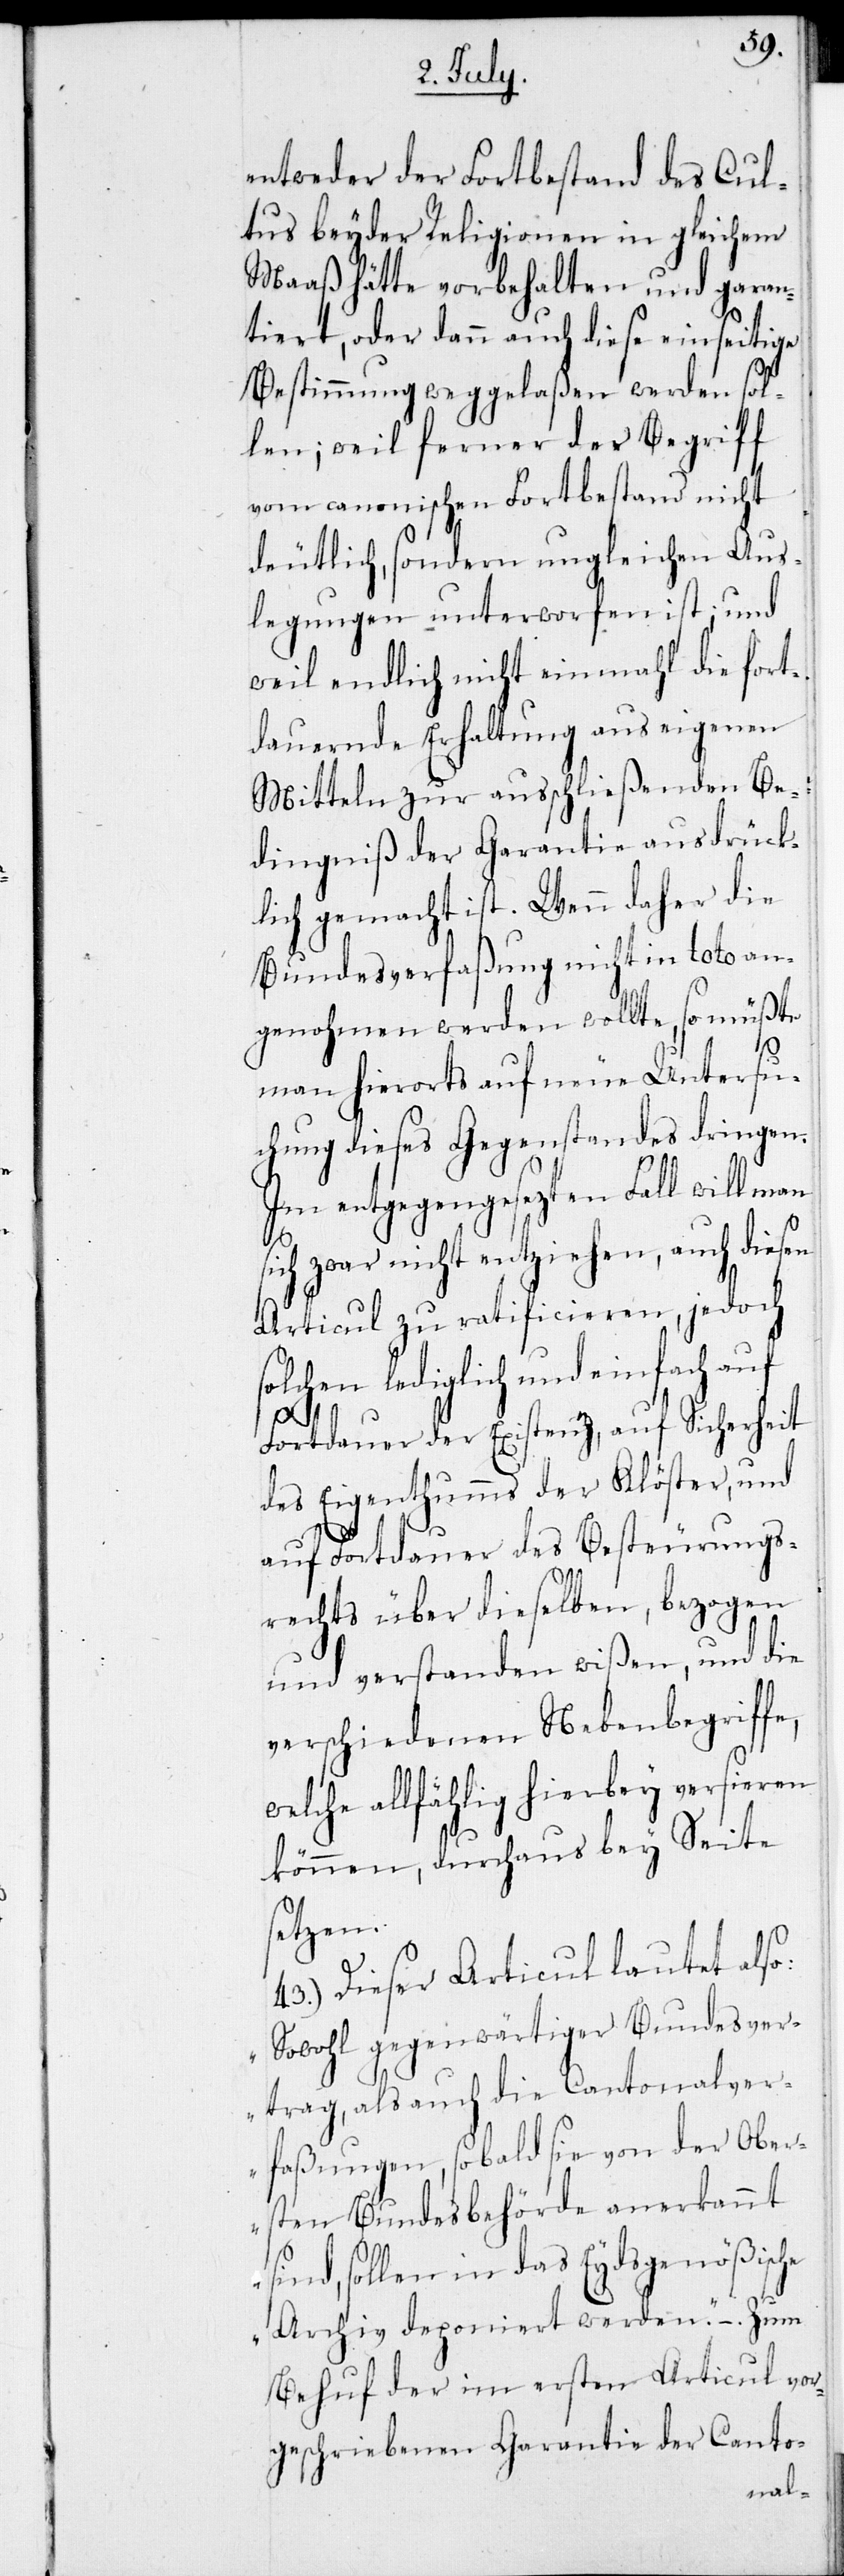
entweder der Fortbestand des Cul¬
tus beyder Religionen in gleichem
Maaß hätte vorbehalten und garan¬
tiert, oder dann auch diese einseitige
Bestimmung weggelaßen werden sol¬
len; weil ferner der Begriff
vom canonischen Fortbestand nicht
deutlich, sondern ungleichen Aus¬
legungen unterworfen ist; und
weil endlich nicht einmahl die fort¬
dauernde Erhaltung aus eigenen
Mitteln zur ausschließenden Be¬
dingniß der Garantie ausdrück¬
lich gemacht ist. Wenn daher die
Bundesverfaßung nicht in toto an¬
genohmen werden wollte, so müßte
s¬
man hierorts auf neue Untersu¬
chung dieses Gegenstandes dringen.
Im entgegengesezten Fall will man
ich zwar nicht entziehen, auch diesen
Articul zu ratificieren, jedoch
solchen lediglich und einfach auf
Fortdauer der Existenz, auf Sicherheit
des Eigenthumms der Klöster, und
auf Fortdauer des Besteuerungs¬
rechts über dieselben, bezogen
und verstanden wißen, und die
verschiedenen Nebenbegriffe,
welche allfählig hierbey versieren
können, durchaus bey Seite
setzen.
43.) Dieser Articul lautet also:
„Sowohl gegenwärtiger Bundesver¬
trag, als auch die Cantonalver¬
faßungen, sobald sie von der Ober¬
sten Bundesbehörde anerkannt
sind, sollen in das Eydsgenößische
Archiv deponiert werden.“ – . Zum
Behuf der im ersten Articul vor¬
geschriebenen Garantie der Canto-